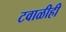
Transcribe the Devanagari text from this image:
टवाळीही